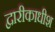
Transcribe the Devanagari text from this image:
द्वारीकाधीश